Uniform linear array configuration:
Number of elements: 4
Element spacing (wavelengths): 0.75
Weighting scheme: blackman
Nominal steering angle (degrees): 30
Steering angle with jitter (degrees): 28.728
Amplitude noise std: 0.05
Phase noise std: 0.05

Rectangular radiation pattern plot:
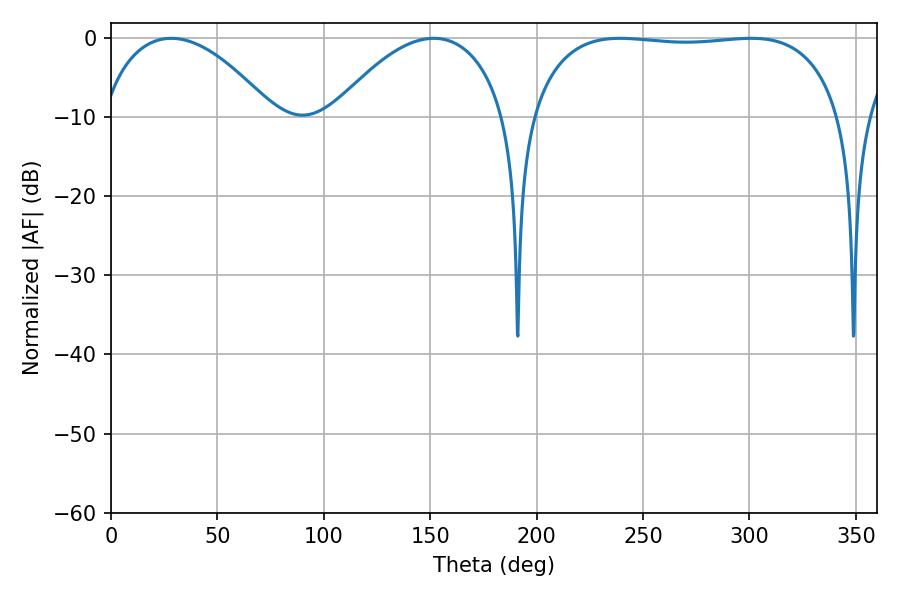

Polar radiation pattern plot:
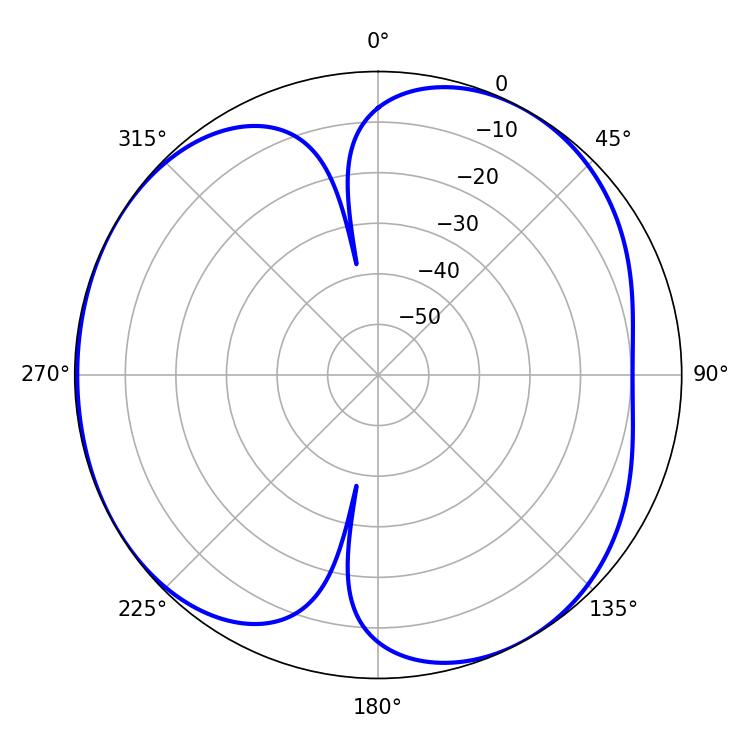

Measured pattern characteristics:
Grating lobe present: TRUE
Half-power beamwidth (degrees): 116.28
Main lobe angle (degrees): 239.22